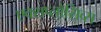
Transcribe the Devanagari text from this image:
एक्सप्लोसिव्स